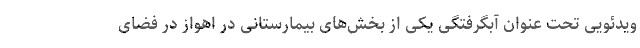
ویدئویی تحت عنوان آبگرفتگی یکی از بخش‌های بیمارستانی در اهواز در فضای